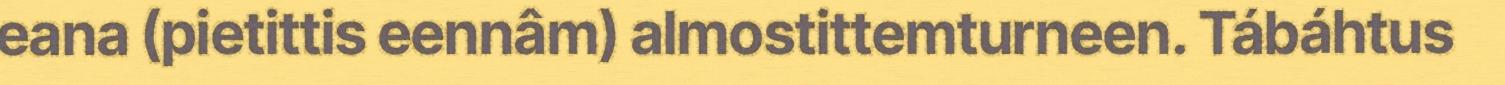
eana (pietittis eennâm) almostittemturneen. Tábáhtus